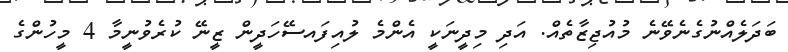
ބަދަލެއްނުގެނެވޭނެ މުއުޖިޒާތެއް. އަދި މިދީނަކީ އެންމެ ލުއިފައސޭހަދީން ޒީނޭ ކުރެވުނީމާ 4 މީހުންގެ